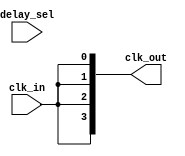
module ClockTreeBuffer #(
    parameter NUM_OUTPUTS = 4,       // Number of output clock signals
    parameter DELAY_WIDTH = 3,        // Width for programmable delay
    parameter BUFFER_STRENGTH = 2     // Buffer strength (1 = weak, 2 = strong)
)(
    input wire clk_in,                 // Input clock signal
    input wire [DELAY_WIDTH-1:0] delay_sel, // Programmable delay selection
    output wire [NUM_OUTPUTS-1:0] clk_out // Output clock signals
);

    // Internal signals
    wire clk_buf[NUM_OUTPUTS-1:0];     // Buffered clock signals
    wire clk_delayed;                   // Delayed clock signal

    // Buffering architecture
    generate
        genvar i;
        for (i = 0; i < NUM_OUTPUTS; i = i + 1) begin: buffer_stage
            // Instantiate buffers with configurable strength
            if (BUFFER_STRENGTH == 1) begin
                assign clk_buf[i] = clk_in; // Weak buffer
            end else begin
                assign clk_buf[i] = clk_in; // Strong buffer
            end
        end
    endgenerate

    // Programmable delay element
    always @(*) begin
        case (delay_sel)
            3'b000: clk_delayed = clk_buf[0]; // No delay
            3'b001: clk_delayed = #1 clk_buf[0]; // 1 time unit delay
            3'b010: clk_delayed = #2 clk_buf[0]; // 2 time units delay
            3'b011: clk_delayed = #3 clk_buf[0]; // 3 time units delay
            3'b100: clk_delayed = #4 clk_buf[0]; // 4 time units delay
            default: clk_delayed = clk_buf[0]; // Default to no delay
        endcase
    end

    // Distribute the delayed clock signal to outputs
    generate
        for (i = 0; i < NUM_OUTPUTS; i = i + 1) begin: output_stage
            assign clk_out[i] = clk_delayed; // Distributing the delayed clock
        end
    endgenerate

endmodule